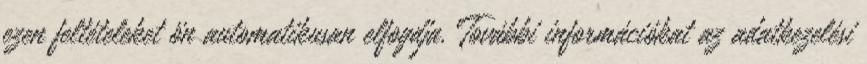
ezen feltételeket ön automatikusan elfogdja. További információkat az adatkezelési